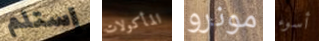
إستلم المأكولات مونرو أسوء